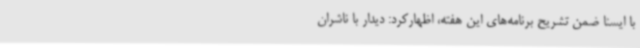
با ایسنا ضمن تشریح برنامه‌های این هفته، اظهارکرد: دیدار با ناشران